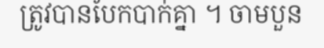
ត្រូវបានបែកបាក់គ្នា ។ ចាមបួន